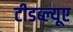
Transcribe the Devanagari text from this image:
टीडब्ल्यूए